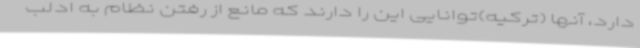
دارد، آنها (ترکیه)توانایی این را دارند که مانع از رفتن نظام به ادلب